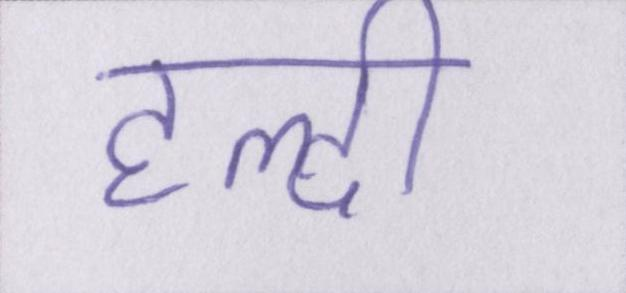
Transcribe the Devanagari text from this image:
हल्दी